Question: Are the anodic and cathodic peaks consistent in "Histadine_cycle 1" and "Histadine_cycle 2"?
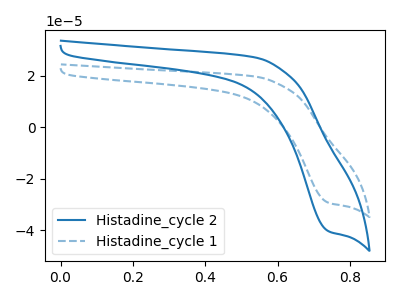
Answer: <think>The blue curve "Histadine_cycle 2" has a cathodic peak at: (0.75V, -40.45uA). The blue dashed curve "Histadine_cycle 1" has a cathodic peak at: (0.75V, -29.40uA).</think>
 <answer>Yes, "Histadine_cycle 1" have a peak in "Histadine_cycle 2" at the same potential.</answer>
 <eval>match</eval>